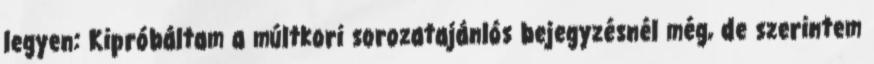
legyen: Kipróbáltam a múltkori sorozatajánlós bejegyzésnél még, de szerintem